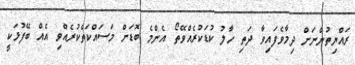
ރައްޔިތުންނަށް ދިމާވެފައިވާ ދަތި ހާލު ކުޑަކުރެއްވޭތޯ އެންމެ ބޮޑަށް މަސައްކަތްކުރެއްވި އެއް ބޭފުޅަކީ